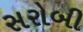
સરોબી